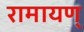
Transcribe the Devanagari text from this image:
रामायण्